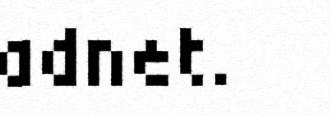
adnet.